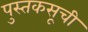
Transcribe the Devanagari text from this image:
पुस्तकसूची